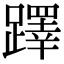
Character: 𨆅